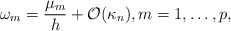
\begin{align*}\omega_{m} = \frac{\mu_m}{h} + \mathcal{O}(\kappa_n), m = 1,\ldots, p,\end{align*}